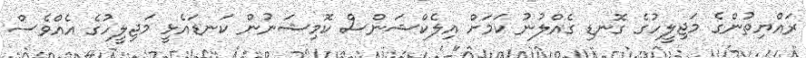
ރައްޔިތުންގެ މަޖިލީހުގެ ގޮނޑި ގެއްލުނު ކަމަށް އިލެކްޝަންސް ކޮމިޝަނުން ކަނޑައެޅީ މަޖިލީހުގެ އެއްވެސް